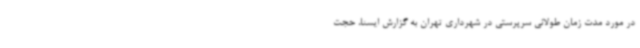
در مورد مدت زمان طولانی سرپرستی در شهرداری تهران به گزارش ایسنا، حجت